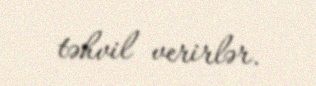
təhvil verirlər.